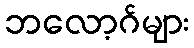
ဘလော့ဂ်များ